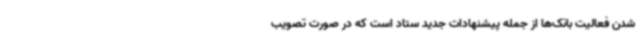
شدن فعالیت بانک‌ها از جمله پیشنهادات جدید ستاد است که در صورت تصویب